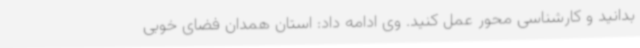
بدانید و کارشناسی محور عمل کنید. وی ادامه داد: استان همدان فضای خوبی